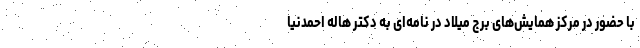
با حضور در مرکز همایش‌های برج میلاد در نامه‌ای به دکتر هاله احمدنیا